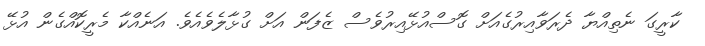
ކާރީގަ ނެތިއްޔާ ދެރަވާއިރުގެއަށް ގޮސްއުޅޭއިރުވެސް ޒެފަން އަށް ގުޅާލެވެއެވެ. އަނެއްކާ މެރީކޮއްގެން އުޅޭ